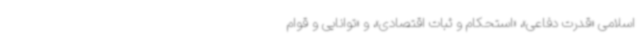
اسلامی «قدرت دفاعی»، «استحکام و ثبات اقتصادی»، و «توانایی و قوام